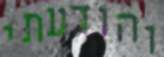
והודעתי